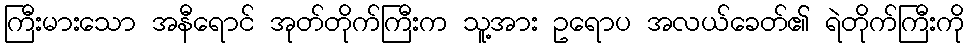
ကြီးမားသော အနီရောင် အုတ်တိုက်ကြီးက သူ့အား ဥရောပ အလယ်ခေတ်၏ ရဲတိုက်ကြီးကို